Lunatic asylums Bombay report 1878-1890 - 1878-1890
Year: 1878
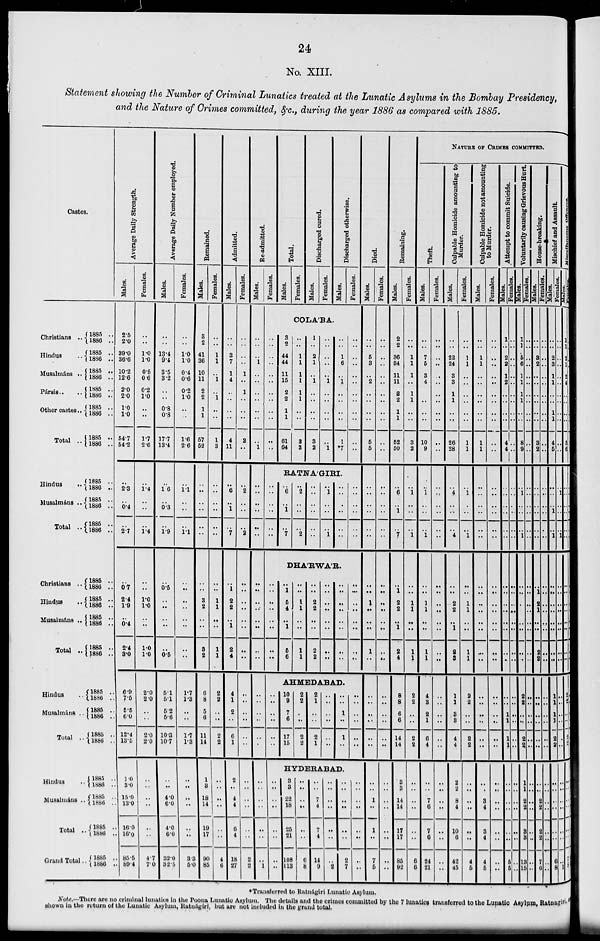
24
No. XIII.
Statement showing the Number of Criminal Lunatics treated at the Lunatic Asylums in the Bombay Presidency,
and the Nature of Crimes committed,&c., during the year 1886 as compared with 1885.
Castes.
Christians ..
Hindus ..
Musalmáns ..
Pársis .. ..
Other castes ..
Total ..
Hindus
..
Musalmáns ..
Total ..
Christians ..
Hindus
..
Musalmáns ..
Total ..
Hindus
..
Musalmáns ..
Total ..
Hindus ..
Musalmáns ..
Total ..
Grand Total ..
1885 ..
1886 ..
1885 ..
1886 ..
1885 ..
1886 ..
1885 ..
1886 ..
1885 ..
1886 ..
1885 ..
1886 ..
1885 1886
1885 1886
1885 1886
1885
1886
1885 1886
1885
1886
1885 1886
1885
1886
1885
1886
1885
1886
1885
1886
1885
1886
1885
1886
1885
1886
Ave r
a ge Daily Strength.
Males.
2.5
2.0
39.0
36.6
10.2
12.6
2.0
2.0
1.0
1.0
54.7
54.2
... 2.3
..
0.4
..
2.7
.. 0.7
2.4
1.9
..
0.4
2.4
3.0
6.9
7.5
5.5
6.0
12.4
13.5
1.0
3.0
15.0
13.0
16.0
16.0
85.5
89.4
Females.
..
..
1.0
1.0
0.5
0.6
0.2
1.0
..
..
1.7
2.6
.. 1.4
..
..
..
1.4
..
..
1.0
1.0
..
..
1.0
1.0
2.0
2.0
..
..
2.0
2.0
..
..
..
..
.. ..
4.7
7.0
Ave r
a ge Dai l y Nu mb e r employed.
Males.
..
..
13.4
9.4
3.5
3.2
..
..
0.8
0.8
17.7
13.4
..
1.6
.. 0.3
.. 1.9
.. 0.5
..
..
..
..
.. 0.5
5.1
5.1
5.2
5.6
10.3
10.7
..
..
4.0
6.0
4.0
6.0
32.0
32.5
Females.
..
..
1.0
1.0
0.4
0.6
0.2
1.0
..
..
1.6
2.6
..
1.1
..
..
..
1.1
..
..
..
..
..
..
..
..
1.7
1.3
..
..
1.7
1.3
..
..
..
..
..
..
3.3
5.0
Remained.
Males.
3
2
41
36
10
11
2
2
1
1
57
52
..
..
..
..
..
..
..
..
3
2
..
..
3
2
6
8
5
6
11
14
1
3
18
14
19
17
90
85
Females.
..
..
1
1
.. 1
.. 1
..
..
1
3
..
..
..
..
..
..
..
..
1
1
..
..
1
1
2
2
..
..
2
2
..
..
..
..
..
..
4
6
Admitted.
Males.
..
..
3
7
1
4
..
..
..
..
4
11
..
6
..
1
..
7
..
1
2
2
.. 1
2
4
4
1
2
..
6
1
2
..
4
4
6
4
18
27
Females.
..
..
..
..
1
..
1
..
..
..
2
..
..
2
..
..
..
2
..
..
..
..
..
..
..
..
..
..
..
..
..
..
..
..
..
..
..
..
2
2
He-admitted.
Males.
Females.
Total.
Males.
Females.
Discharged cured.
Males.
Females.
Discharged otherwise.
Males.
Females.
COLABA.
..
..
..
1
..
..
..
..
..
..
.. 1
..
..
..
..
..
..
..
..
..
..
..
..
..
..
..
..
..
..
..
..
..
..
..
..
..
..
..
1
..
..
..
..
..
..
..
..
..
..
..
..
3
2
44
44
11
15
2
2
1
1
61
64
..
..
1
1
1
1
1
1
..
..
3
3
1
..
2
1
..
1
..
..
..
..
3
2
..
..
..
..
..
1
..
..
..
..
.. 1
..
..
1
6
..
1
..
..
..
..
1
*7
..
..
..
..
..
..
..
..
..
..
..
..
RATNAGIRI.
..
..
..
..
..
..
..
6
..
1
..
7
..
2
..
..
..
2
..
..
..
..
..
..
..
1
..
..
..
1
..
..
..
..
..
..
..
..
..
..
..
..
DHARWAR.
..
..
..
..
..
..
..
..
..
1
5
4
..
1
5
6
..
..
1
1
..
..
1
1
..
..
2
2
..
..
2
2
..
..
..
..
..
..
..
..
..
..
..
..
..
..
..
..
..
..
..
..
..
..
..
..
AHMEDABAD.
..
..
..
..
..
..
..
..
..
..
..
..
..
..
10
9
7
6
17
15
2
2
..
..
2
2
2
1
..
..
2
1
..
..
..
..
..
..
..
..
1
..
1
..
..
..
..
..
..
..
Died.
Males.
..
..
5
3
..
2
..
..
..
..
5
5
..
..
..
..
..
..
..
..
1
..
..
..
1
..
..
..
..
..
..
..
HYDERABAD.
3 3
22
18
25
21
108
113
..
..
..
..
..
..
6
8
..
..
7
4
7
4
14
9
..
..
..
..
..
..
..
2
..
..
..
..
..
..
2
7
..
..
..
..
..
..
..
..
..
..
1
..
1
..
7
5
Females.
..
..
..
..
..
..
..
..
..
..
..
..
..
..
..
..
..
..
..
..
..
..
..
..
..
..
..
..
..
..
..
..
..
..
..
..
..
..
..
..
Remaining.
Males.
2
2
36
34
11
11
2
2
1
1
52
50
..
6
..
1
..
7
..
1
2
2
..
1
2
4
8
8
6
6
14
14
3
3
14
14
17
17
85
92
Females.
..
..
1
1
1
..
1
1
..
..
3
2
..
1
..
..
..
1
..
..
1
1
..
..
1
1
2
2
..
..
2
2
..
..
..
..
..
..
6
6
NATURE OF CRIMES COMMITTED.
Theft.
Males.
..
..
7
5
3
4
..
..
..
..
10
9
..
1
..
..
..
1
..
..
1
1
..
..
1
1
4
3
2
1
6
4
..
..
7
6
7
6
24
21
Females.
..
..
..
..
..
..
..
..
..
..
..
..
..
..
..
..
..
..
..
..
..
..
..
..
..
..
..
..
..
..
..
..
..
..
..
..
..
..
..
..
Culpable Homicide amounting to
Murder.
Males.
..
..
22
24
3
3
1
1
..
..
26
28
..
4
..
..
..
4
..
..
2
2
.. 1
2
3
1
1
3
3
4
4
2
2
8
4
10
6
42
45
Females.
..
..
1
1
..
..
..
..
..
..
1
1
..
1
..
..
..
1
..
..
1
1
..
..
1
1
2
2
..
..
2
2
..
..
..
..
..
..
4
5
Culpable Homicide not amounting
to Murder.
Males.
..
..
1
1
..
..
..
..
..
..
1
1
..
..
..
..
..
..
..
..
..
..
..
..
..
..
..
..
..
..
..
..
..
..
3
4
3
4
4
5
Females.
..
..
..
..
..
..
..
..
..
..
..
..
..
..
..
..
..
..
..
..
..
..
..
..
..
..
..
..
..
..
..
..
..
..
..
..
..
..
..
..
Attempt to commit Suicide.
Males.
1
..
2
2
1
2
..
..
..
..
4
4
..
..
..
..
..
..
..
..
..
..
..
..
..
..
..
..
1
1
1
1
..
..
..
..
..
..
5
5
Females.
..
..
..
..
..
..
..
..
..
..
..
..
..
..
..
..
..
..
..
..
..
..
..
..
..
..
..
..
..
..
..
..
..
..
..
..
..
..
..
..
Voluntarily causing Grievous Hurt.
Males.
1
1
5
6
1
1
1
1
..
..
8
9
..
1
..
..
..
1
1
..
..
..
..
..
..
..
..
2
2
..
..
2
2
1
1
2
2
3
3
13
15
Females.
..
..
..
..
..
..
..
..
..
..
..
..
..
..
..
..
..
..
..
..
..
..
..
..
..
..
..
..
..
..
..
..
..
..
..
..
..
..
..
..
House-breaking.
Males.
..
..
3
2
..
..
..
..
..
..
3
2
..
..
..
..
..
..
..
1
2
1
..
..
2
2
..
..
..
..
..
..
..
..
2
2
2
2
7
6
Females.
..
..
..
..
..
..
..
..
..
..
..
..
..
..
..
..
..
..
..
..
..
..
..
..
..
..
..
..
..
..
..
..
..
..
..
..
..
..
..
..
Mischief and Assault.
Males.
..
..
2
3
1
1
..
..
1
1
4
5
..
..
..
..
..
..
..
..
..
..
..
..
..
..
1
1
1
1
2
2
..
..
..
..
..
..
6
8
Females.
..
..
..
..
..
..
..
..
..
..
..
..
..
1
..
..
..
1
..
..
..
..
..
..
..
..
..
..
..
..
..
..
..
..
..
..
..
..
..
1
Males.
1
1
2
1
2
4
..
..
..
..
5
6
..
..
..
..
..
..
..
..
..
..
..
..
..
..
2
2
..
..
2
2
..
..
..
..
..
..
7 5
Females.
* Transferred to Ratnágiri Lunatic Asylum.
Note.—There are no criminal lunatics in the Poona Lunatic Asylum. The details and the crimes committed by the 7 lunatics transferred to the Lunatic Asylum, Ratnagiri,
shown in the return of the Lunatic Asylum, Ratnágiri, but are not included in the grand total.